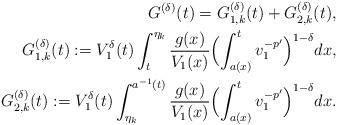
\begin{align*}G^{(\delta)}(t)=G_{1,k}^{(\delta)}(t)+G_{2,k}^{(\delta)}(t),\\ G_{1,k}^{(\delta)}(t):={V^{\delta}_1(t)}\int_t^{\eta_k}\frac{g(x)}{V_1(x)}\Bigl(\int_{a(x)}^tv_1^{-p'}\Bigr)^{1-\delta} dx,\\G_{2,k}^{(\delta)}(t):={V^{\delta}_1(t)}\int_{\eta_k}^{a^{-1}(t)}\frac{g(x)}{V_1(x)}\Bigl(\int_{a(x)}^tv_1^{-p'}\Bigr)^{1-\delta} dx.\end{align*}